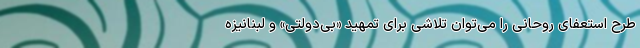
طرح استعفای روحانی را می‌توان تلاشی برای تمهید «بی‌دولتی» و لبنانیزه